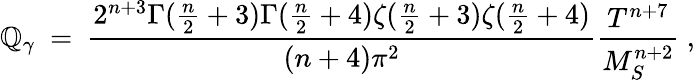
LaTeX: \mathbb{Q}_{\gamma}\ =\ {\frac{{2^{n+3}\Gamma({\frac{{n}}{{2}}}+3)\Gamma({\frac{{n}}{{2}}}+4)\zeta({\frac{{n}}{{2}}}+3)\zeta({\frac{{n}}{{2}}}+4)}}{{(n+4)\pi^{2}}}}{\frac{{T^{n+7}}}{{M_{S}^{n+2}}}}\ ,